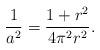
LaTeX: \begin{align*}\frac{1}{a^2} = \frac{1 + r^2}{4\pi^2r^2}.\end{align*}